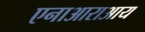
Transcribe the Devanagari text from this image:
एनाआराआय